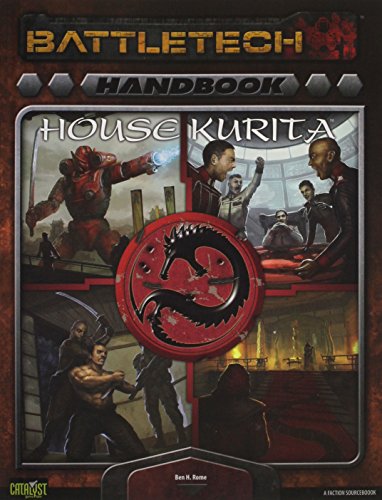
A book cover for Battletech Handbook House Kurita; Science Fiction & Fantasy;